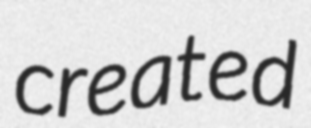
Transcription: created